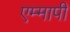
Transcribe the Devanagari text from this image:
एम्मापी